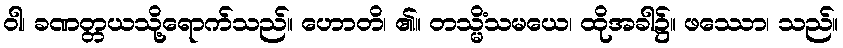
ဝါ၊ ခဏတ္တယသို့ရောက်သည်။ ဟောတိ၊ ၏။ တသ္မိံသမယေ၊ ထိုအခါ၌။ ဖဿော၊ သည်။